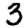
Digit: 3